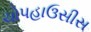
ચોપહાઉસીસ